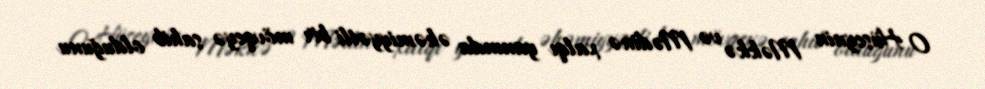
O Hüseynin Məkkə və Mədinə xalqı yanında əhəmiyyətli bir mövqeyə sahib olduğunu